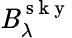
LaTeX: \mathit{B}_{\lambda}^{\mathrm{{~s~k~y~}}}